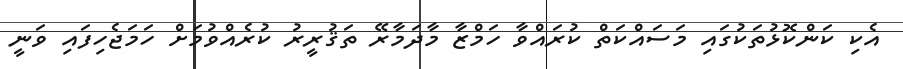
އެކި ކަންކޮޅުތަކުގައި މަސައްކަތް ކުރައްވާ ހަމްޒާ މާދަމާރޭ ތަޤުރީރު ކުރެއްވުމަށް ހަމަޖެހިފައި ވަނީ